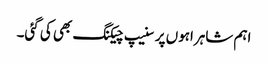
اہم شاہراہوں پر سنیپ چیکنگ بھی کی گئی۔